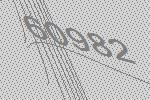
60982